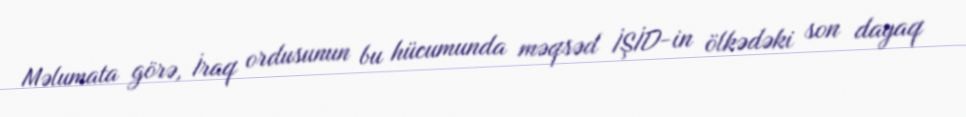
Məlumata görə, İraq ordusunun bu hücumunda məqsəd İŞİD-in ölkədəki son dayaq